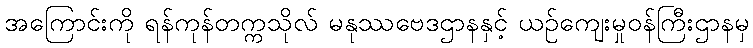
အကြောင်းကို ရန်ကုန်တက္ကသိုလ် မနုဿဗေဒဌာနနှင့် ယဉ်ကျေးမှုဝန်ကြီးဌာနမှ